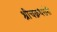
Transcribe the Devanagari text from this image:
श्रीचक्रधरांनी